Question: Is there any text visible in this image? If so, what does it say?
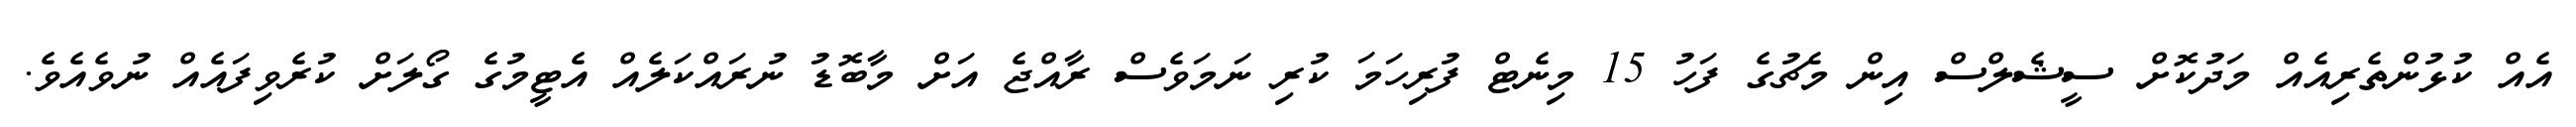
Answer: އެއް ކުޅުންތެރިއެއް މަދުކޮށް ސީޝެލްސް އިން މެޗުގެ ފަހު 15 މިނެޓް ފުރިހަމަ ކުރި ނަމަވެސް ރާއްޖެ އަށް މާބޮޑު ނުރައްކަލެއް އެޓީމުގެ ގޯލަށް ކުރެވިފައެއް ނުވެއެވެ.